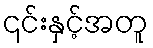
၎င်းနှင့်အတူ